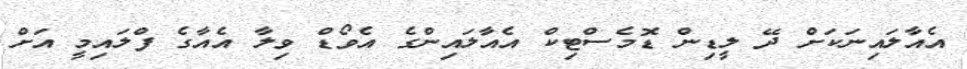
އެއާލައިނަކަށް ދޭ ލީޑިން ޑޮމެސްޓިކް އެއާލައިންގެ އެވޯޑް ވިލާ އެއާގެ ފްލައިމީ އަށް